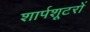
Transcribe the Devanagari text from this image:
शार्पशूटरों